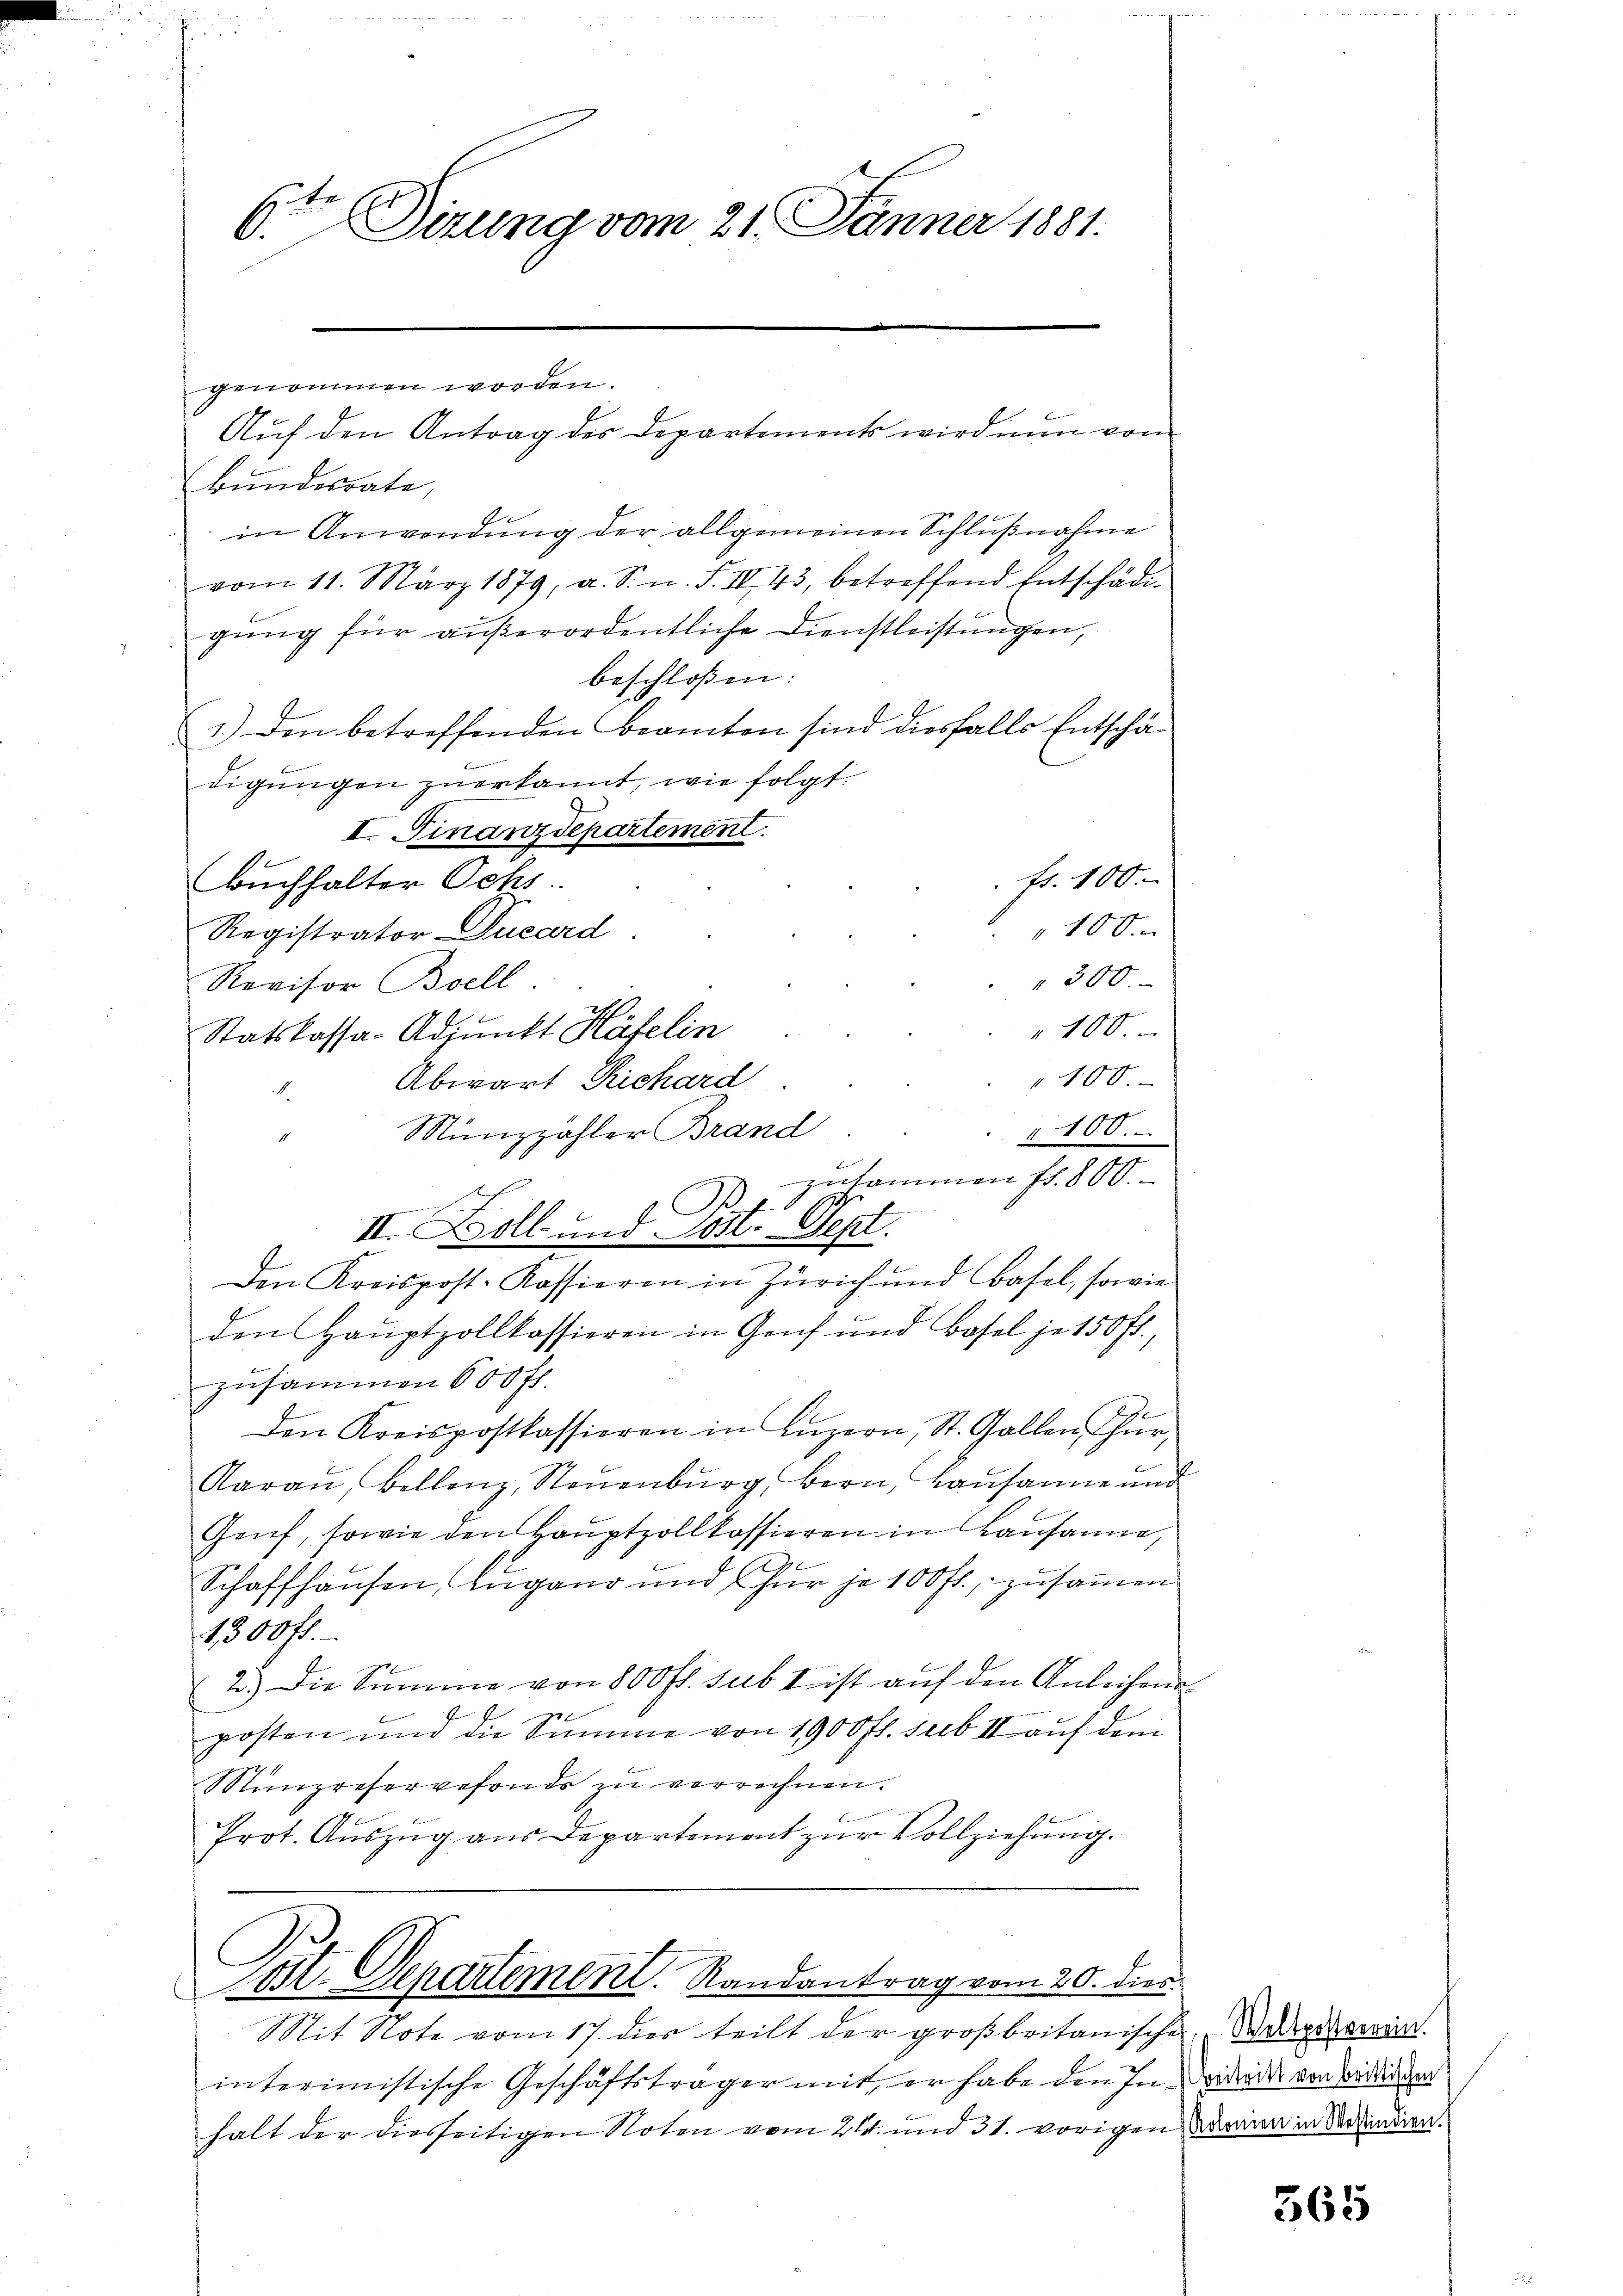
6ten Sizung vom 21. Jänner 1881.

genommen worden.
Bundesrate,
in Anwendung der allgemeinen Schlußnahme
vom 11. März 1879, u. S. n. F. III 43, betreffend Entschädig
gŭng für außerordentliche Dienstleistungen,
beschloßen:
1.) Den betreffenden Beamten sind diesfalls Entschä-
digungen zuerkannt, wie folgt.
I. Finanzdepartement
fr. 100.
Buchhalter Ochs
100.
Registrator Ducard
" 300.
Revisor Boell
24
100.
Statskassa-Adjunkt Käfelin
100.
Abwart Richard
Münzzahler Brand
100.
 zusammen fr. 800.
.
II. Soll und Post. Sept.
Den Kreispost-Kassieren in Zürich und Basel, sowie
den Haŭptzollkassieren in Genf und Basel je 150 fl.,
zusammen 600 fl.
Den Kreispostkassieren in Lŭzern, St. Gallen Thür,
Aarau, Bellenz, Neuenburg, Bern, Lausanne und
Genf, sowie den Hauptzollkassieren in Kausanne,
Schaffhausen, Angano und für je 100 fr., zusammen
1,300 fl.
2.) Die Summe von 800 fl. sub I ist auf den Anleihen
posten und die Summe von 1900 fl. sub II auf dem
Münzreservefonds zu verrechnen.
Prot. Aŭszŭg aŭs Departement zŭr Vollziehung.

Auf den Antrag der Departements wird nun von

Tat. Departement. Randantrag vom 20. dies

Mit Note vom 17. dies teilt der großbritanischen Waldparen.
interimistische Geschäftsträger mit, er habe den In die von Bedinge
halt der diesseitigen Noten vom 21. und 31. vorigen Deinen in Redendien¬

365